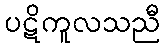
ပဋိကူလသညီ